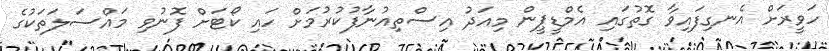
ހަވީރަށް އެނގިފައިވާ ގޮތުގައި އެމްޑީޕީން މިއަދު އިސްތިއުނާފުކުރުމަށް ހައި ކޯޓަށް ފޮނުވި މައްސަލަތަކުގެ